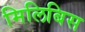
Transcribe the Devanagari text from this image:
मिलिबिस